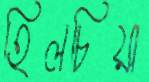
হিলচিয়া